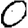
Digit: 0